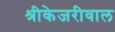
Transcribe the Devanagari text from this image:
श्रीकेजरीवाल